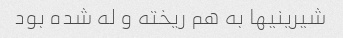
شیرینیها به هم ریخته و له شده بود